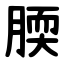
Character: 腝